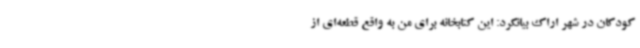
کودکان در شهر اراک بیانکرد: این کتابخانه برای من به واقع قطعه‌ای از